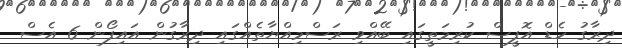
ދިރާގު ހެޑް އޮފީސް ކުރިމަތީގައި ބޭއްވި ރަސްމިއްޔާތެއްގައި ދިރާގުން އައިފޯން 6 އެސް